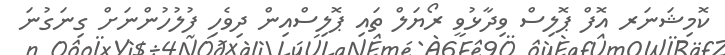
ކޮމިޝަނަރ އޮފް ޕޮލިސް ވިދާޅުވީ ރޯޔަލް ތައި ޕޮލިސްއިން ދިވެހި ފުލުހުންނަށް ގިނަގުނަ